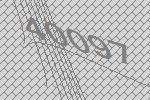
40097